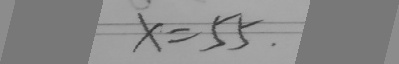
x = 5 5 .